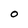
Character: O